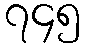
၇၄၅